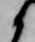
候